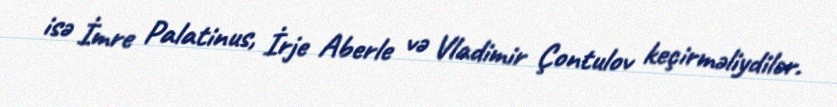
isə İmre Palatinus, İrje Aberle və Vladimir Çontulov keçirməliydilər.